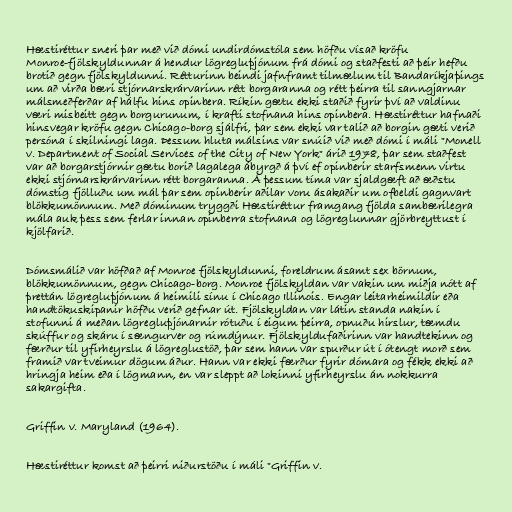
Hæstiréttur sneri þar með við dómi undirdómstóla sem höfðu vísað kröfu
Monroe-fjölskyldunnar á hendur lögregluþjónum frá dómi og staðfesti að þeir hefðu
brotið gegn fjölskyldunni. Rétturinn beindi jafnframt tilmælum til Bandaríkjaþings
um að virða bæri stjórnarskrárvarinn rétt borgaranna og rétt þeirra til sanngjarnar
málsmeðferðar af hálfu hins opinbera. Ríkin gætu ekki staðið fyrir því að valdinu
væri misbeitt gegn borgurunum, í krafti stofnana hins opinbera. Hæstiréttur hafnaði
hinsvegar kröfu gegn Chicago-borg sjálfri, þar sem ekki var talið að borgin gæti verið
persóna í skilningi laga. Þessum hluta málsins var snúið við með dómi í máli "Monell
v. Department of Social Services of the City of New York" árið 1978, þar sem staðfest
var að borgarstjórnir gætu borið lagalega ábyrgð á því ef opinberir starfsmenn virtu
ekki stjórnarskrárvarinn rétt borgaranna. Á þessum tíma var sjaldgæft að æðstu
dómstig fjölluðu um mál þar sem opinberir aðilar voru ásakaðir um ofbeldi gagnvart
blökkumönnum. Með dóminum tryggði Hæstiréttur framgang fjölda sambærilegra
mála auk þess sem ferlar innan opinberra stofnana og lögreglunnar gjörbreyttust í
kjölfarið.

Dómsmálið var höfðað af Monroe fjölskyldunni, foreldrum ásamt sex börnum,
blökkumönnum, gegn Chicago-borg. Monroe fjölskyldan var vakin um miðja nótt af
þrettán lögregluþjónum á heimili sínu í Chicago Illinois. Engar leitarheimildir eða
handtökuskipanir höfðu verið gefnar út. Fjölskyldan var látin standa nakin í
stofunni á meðan lögregluþjónarnir rótuðu í eigum þeirra, opnuðu hirslur, tæmdu
skúffur og skáru í sængurver og rúmdýnur. Fjölskyldufaðirinn var handtekinn og
færður til yfirheyrslu á lögreglustöð, þar sem hann var spurður út í ótengt morð sem
framið var tveimur dögum áður. Hann var ekki færður fyrir dómara og fékk ekki að
hringja heim eða í lögmann, en var sleppt að lokinni yfirheyrslu án nokkurra
sakargifta.

Griffin v. Maryland (1964).

Hæstiréttur komst að þeirri niðurstöðu í máli "Griffin v.